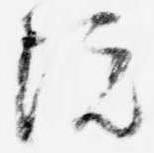
院